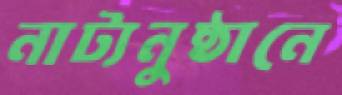
নাট্যনুষ্ঠানে